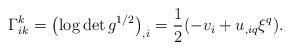
LaTeX: \begin{align*}\Gamma_{ik}^k=\left(\log \det g^{1/2}\right)_{,i}=\frac{1}{2}(-v_i+u_{,iq}\xi^q).\end{align*}